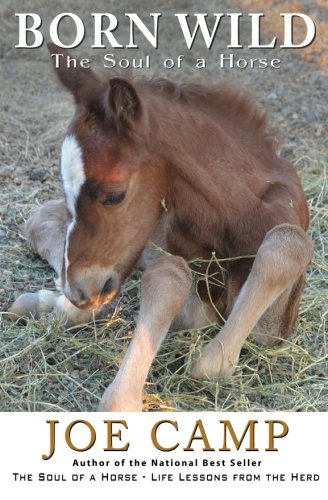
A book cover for Born Wild - The Soul of a Horse; Joe Camp; Crafts, Hobbies & Home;